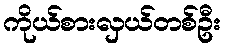
ကိုယ်စားလှယ်တစ်ဦး